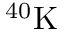
^ { 4 0 } \mathrm { K }